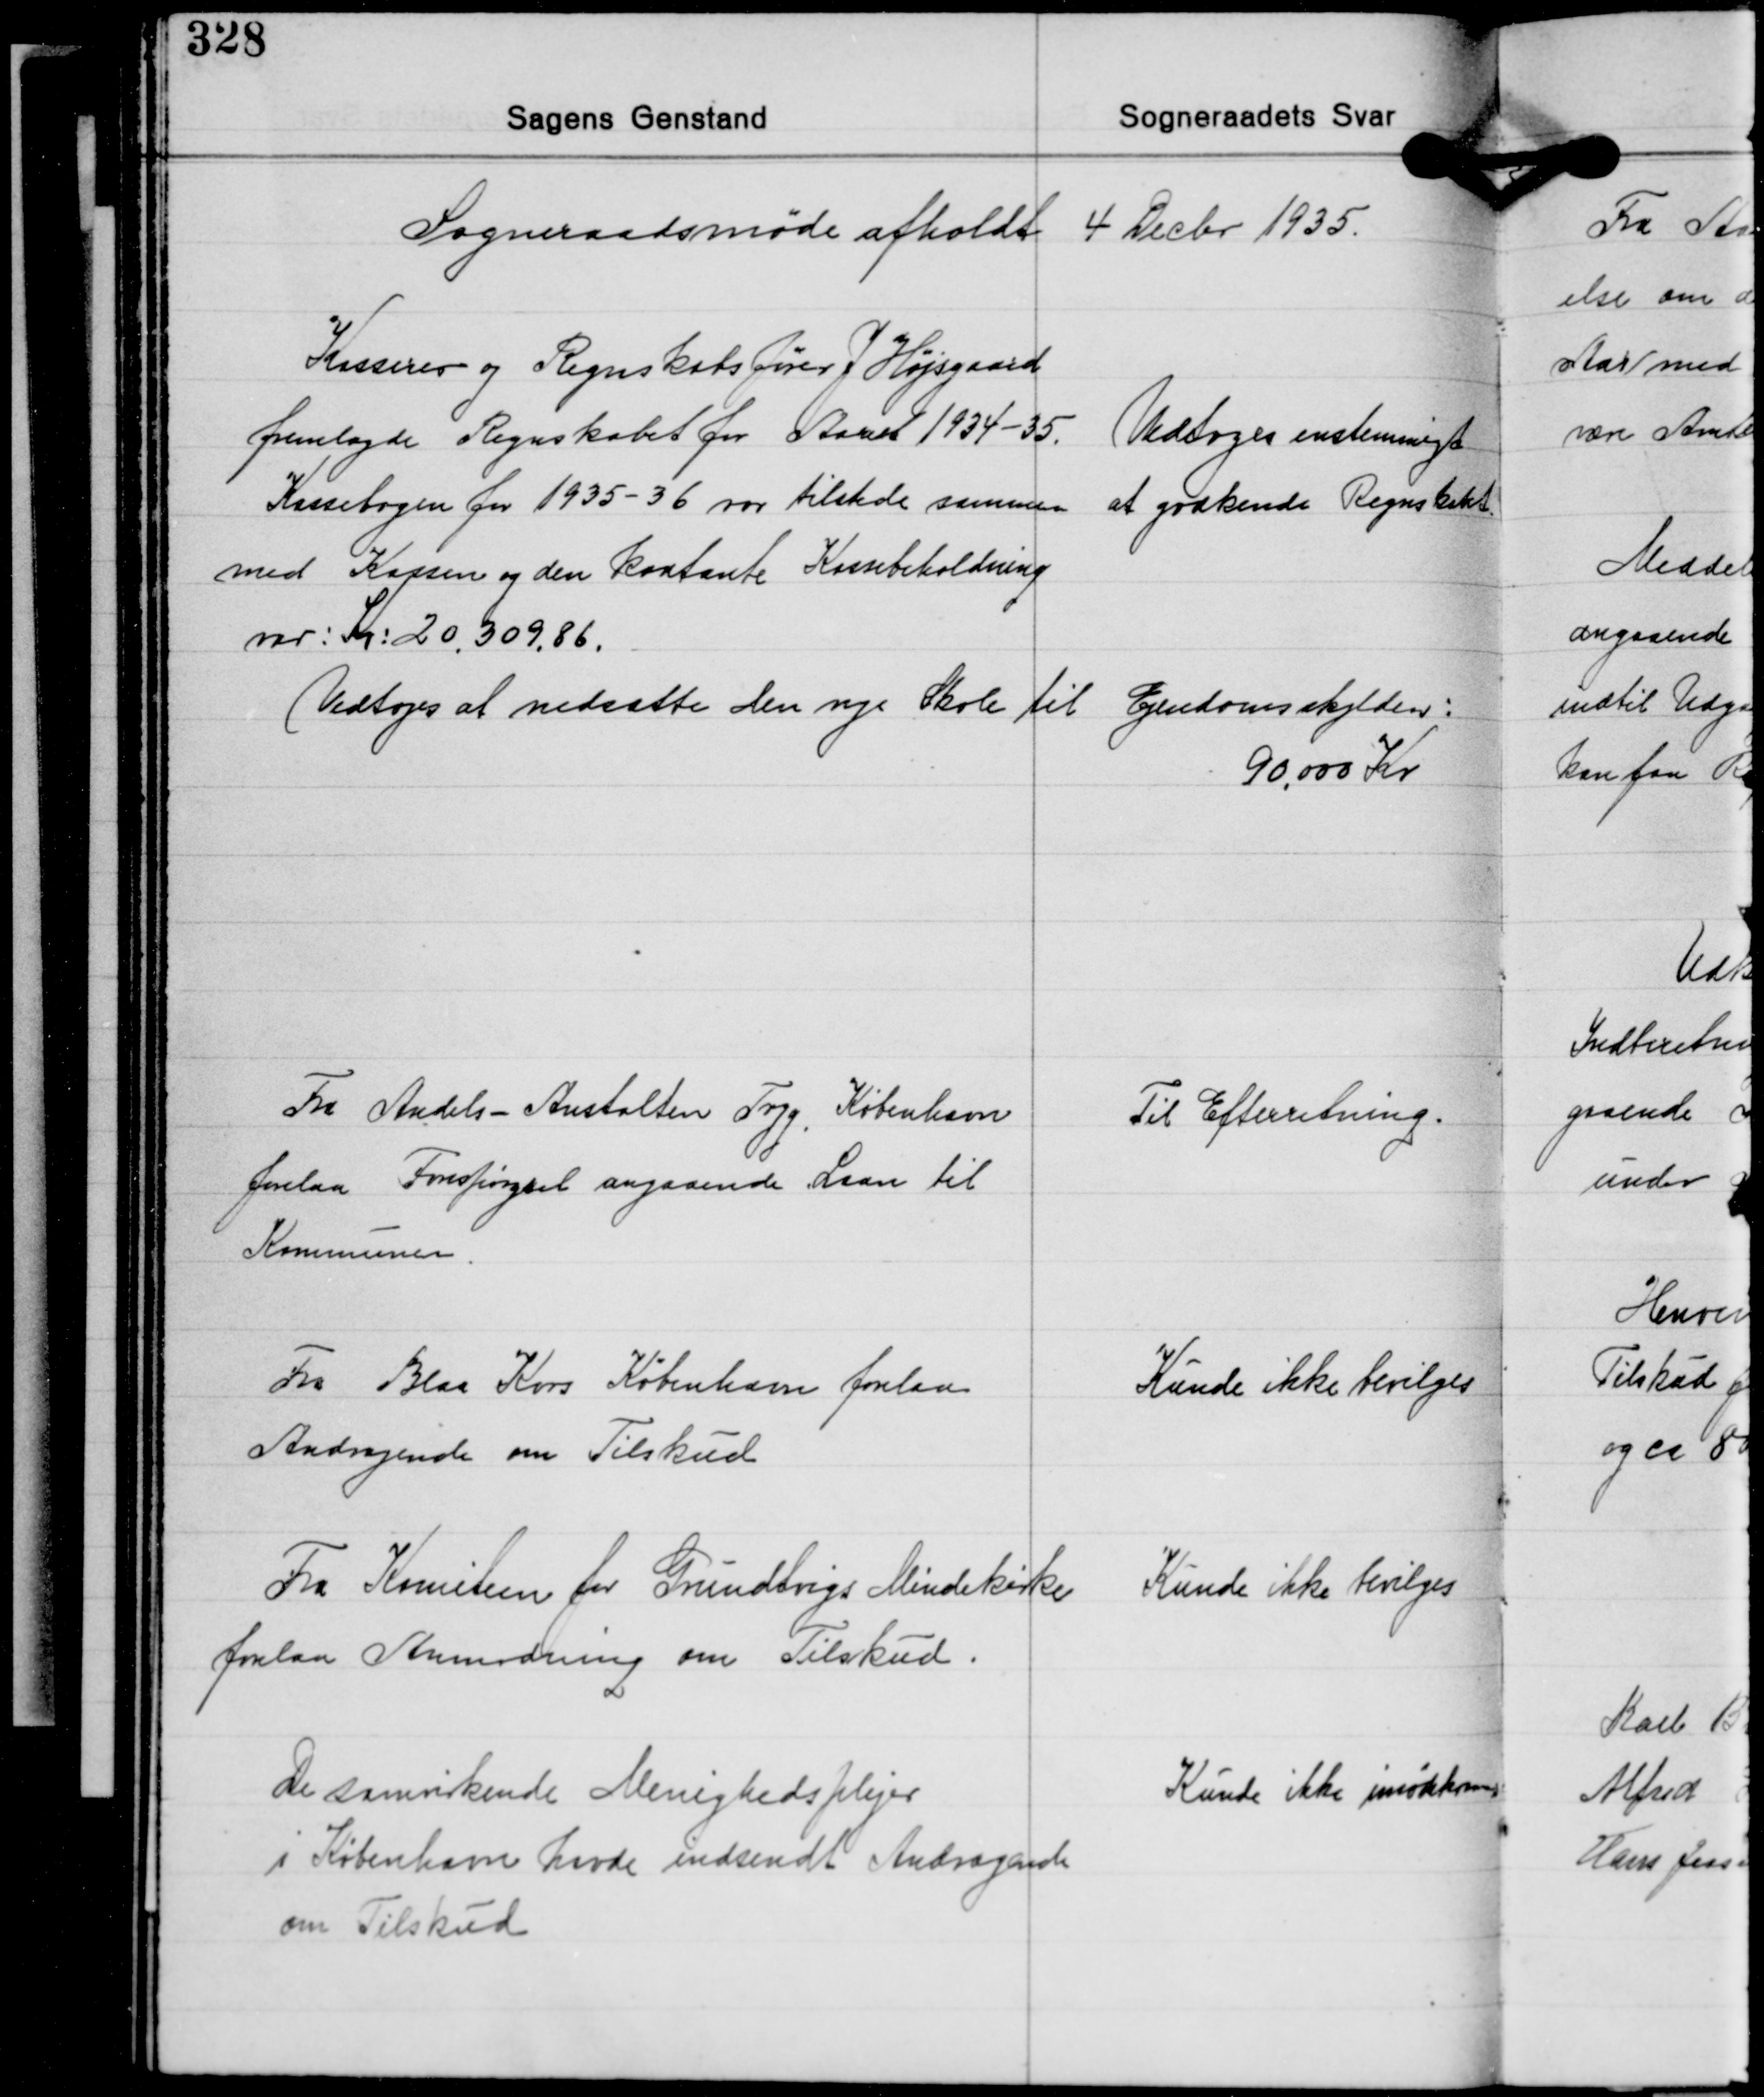
Transskription:
Sogneraadsmøde afholdt 4 Decbr. 1935

Kasserer og Regnskabsfører J. Højsgaard
fremlagde Regnskabet for Aaret 1934-35.
Kassebogen for 1935-36 var tilstede sammen
med Kassen og den kontante Kassebeholdning
var: Kr. 20.309,86.
Vedtoges at nedsætte den nye Skole til

Vedtoges enstemmigt
at godkende Regnskabet

Ejendomsskylden:
90.000 Kr.

Fra Andels-Anstalten Tryg, København
forelaa Forespørgsel angaaende Laan til
Kommunen

Til Efterretning.

Fra Blaa Kors København forelaa
Andragende om Tilskud

Kunde ikke bevilges

Fra Komiteen for Grundtvigs Mindekirke
forelaa Anmodning om Tilskud.

Kunde ikke bevilges

De samvirkende Menighedsplejer
i København havde indsendt Andragende
om Tilskud

Kunde ikke imødekrme